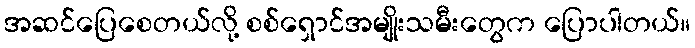
အဆင်ပြေစေတယ်လို့ စစ်ရှောင်အမျိုးသမီးတွေက ပြောပါတယ်။